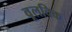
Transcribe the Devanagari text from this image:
वूलविक